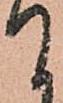
て